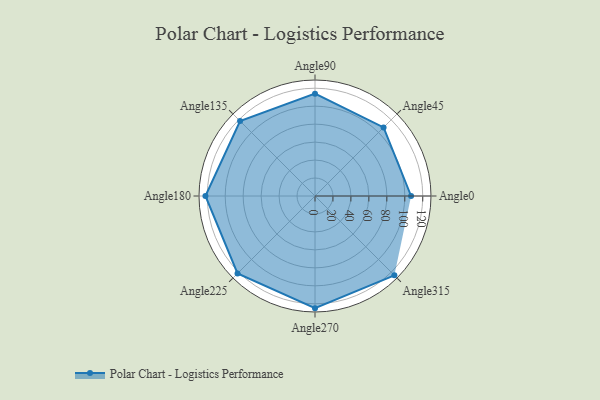
{"axis": {"x": "Angle", "y": "Radius"}, "legend": [""], "data": [{"x": "Angle0", "y": 107.0, "type": ""}, {"x": "Angle45", "y": 108.0, "type": ""}, {"x": "Angle90", "y": 114.0, "type": ""}, {"x": "Angle135", "y": 118.0, "type": ""}, {"x": "Angle180", "y": 122.0, "type": ""}, {"x": "Angle225", "y": 122.0, "type": ""}, {"x": "Angle270", "y": 125.0, "type": ""}, {"x": "Angle315", "y": 125.0, "type": ""}]}